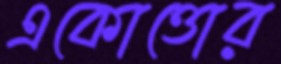
একোত্তোর